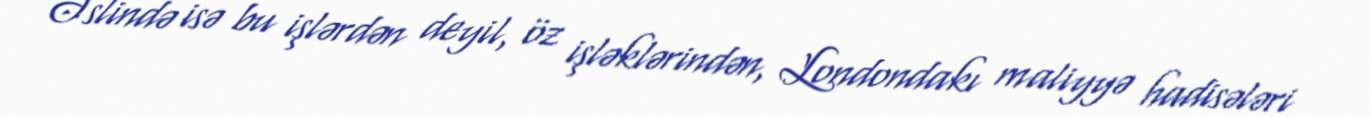
Əslində isə bu işlərdən deyil, öz işləklərindən, Londondakı maliyyə hadisələri